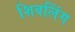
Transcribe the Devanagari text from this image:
शिवलिंंग